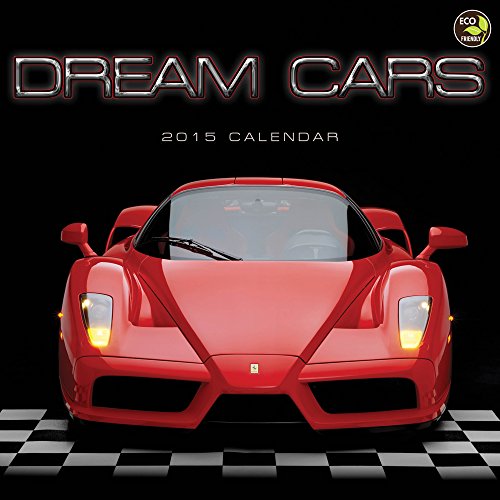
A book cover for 2015 Dream Cars Wall Calendar; TF PUBLISHING; Calendars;